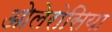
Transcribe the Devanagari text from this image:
ओलेरोसिया